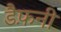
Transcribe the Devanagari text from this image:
डैफ़नी